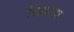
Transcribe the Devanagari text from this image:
रिझाता